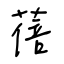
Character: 蓓